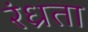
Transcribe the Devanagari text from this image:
रंध्रता